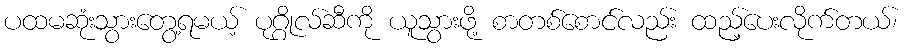
ပထမဆုံးသွားတွေ့ရမယ့် ပုဂ္ဂိုလ်ဆီကို ယူသွားဖို့ စာတစ်စောင်လည်း ထည့်ပေးလိုက်တယ်၊